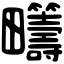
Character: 𤴆